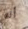
أنه